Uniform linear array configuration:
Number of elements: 4
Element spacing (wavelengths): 1
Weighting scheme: exponential
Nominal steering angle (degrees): -45
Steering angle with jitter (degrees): -43.657
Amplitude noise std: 0.05
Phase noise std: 0.05

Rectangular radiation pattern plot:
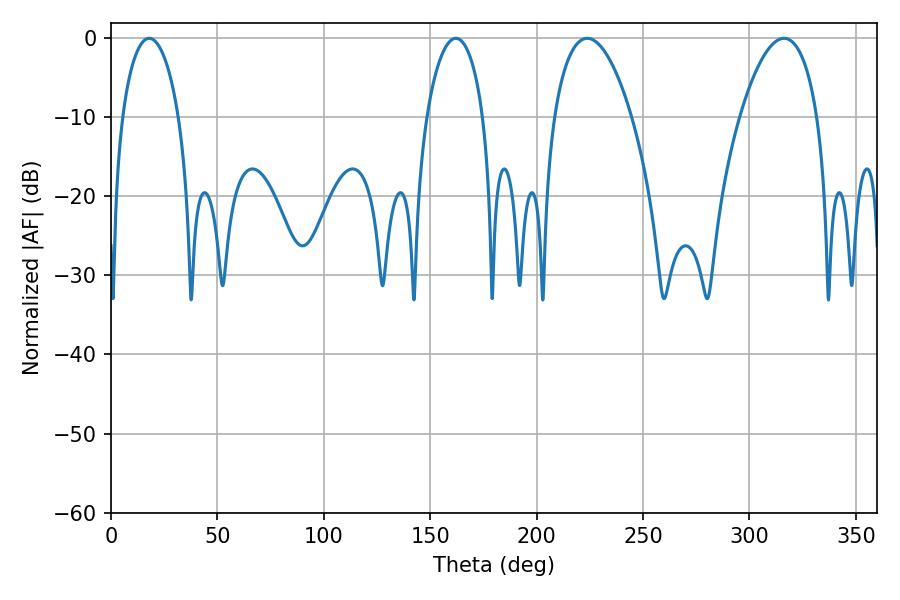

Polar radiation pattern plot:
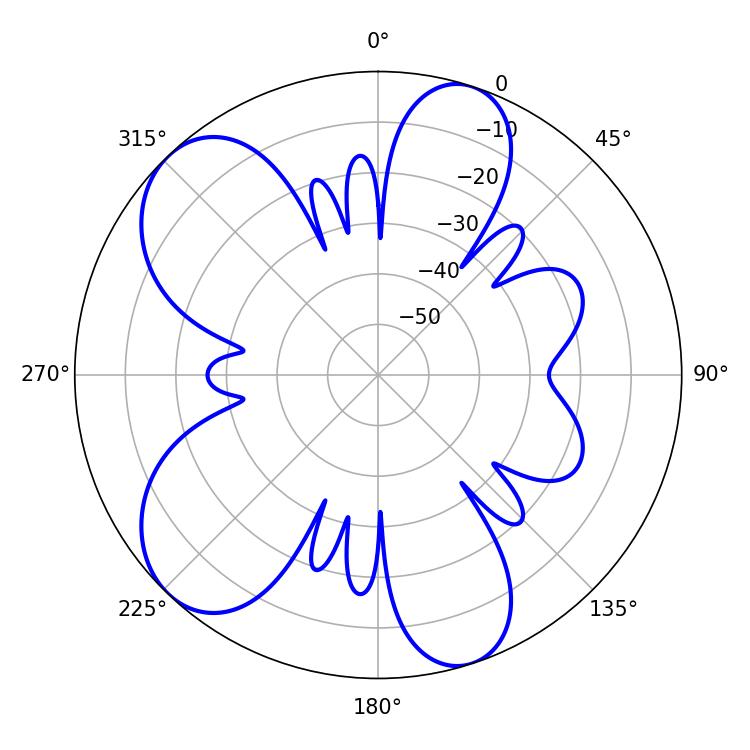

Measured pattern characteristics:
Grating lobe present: TRUE
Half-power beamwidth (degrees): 20.52
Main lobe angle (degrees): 223.74